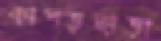
কাপড়ছাড়া